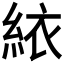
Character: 𬗑